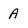
Character: A